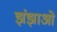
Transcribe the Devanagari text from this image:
झंझाओं